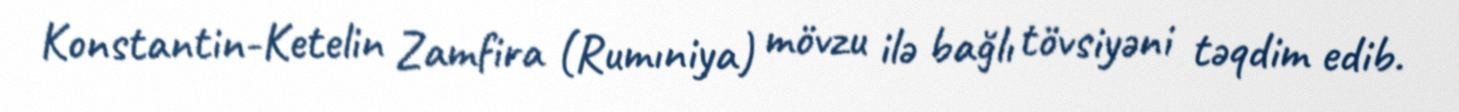
Konstantin-Ketelin Zamfira (Rumıniya) mövzu ilə bağlı tövsiyəni təqdim edib.